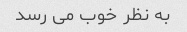
به نظر خوب می رسد